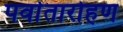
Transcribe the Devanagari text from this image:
पर्वातारोहण